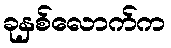
ခုနှစ်လောက်က